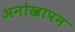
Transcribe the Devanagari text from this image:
अनोखापन